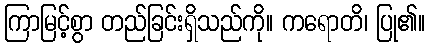
ကြာမြင့်စွာ တည်ခြင်းရှိသည်ကို။ ကရောတိ၊ ပြု၏။